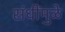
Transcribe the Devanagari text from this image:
संधींमुळे